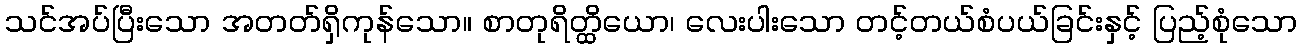
သင်အပ်ပြီးသော အတတ်ရှိကုန်သော။ စာတုရိတ္ထိယော၊ လေးပါးသော တင့်တယ်စံပယ်ခြင်းနှင့် ပြည့်စုံသော